Report on lock hospitals in British Burma
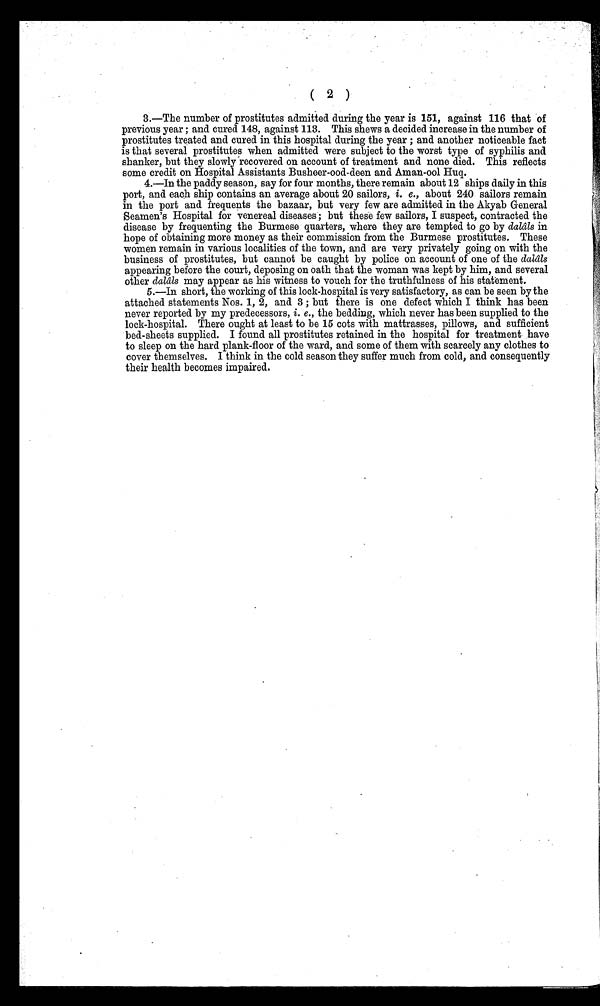
( 2 )
3.—The number of prostitutes admitted during the year is 151, against 116 that of
previous year; and cured 148, against 113. This shews a decided increase in the number of
prostitutes treated and cured in this hospital during the year; and another noticeable fact
is that several prostitutes when admitted were subject to the worst type of syphilis and
shanker, but they slowly recovered on account of treatment and none died. This reflects
some credit on Hospital Assistants Busheer-ood-deen and Aman-ool Huq.
4.—In the paddy season, say for four months, there remain about 12 ships daily in this
port, and each ship contains an average about 20 sailors, i. e., about 240 sailors remain
in the port and frequents the bazaar, but very few are admitted in the Akyab General
Seamen's Hospital for venereal diseases; but these few sailors, I suspect, contracted the
disease by frequenting the Burmese quarters, where they are tempted to go by dalâls in
hope of obtaining more money as their commission from the Burmese prostitutes. These
women remain in various localities of the town, and are very privately going on with the
business of prostitutes, but cannot be caught by police on account of one of the dalâls
appearing before the court, deposing on oath that the woman was kept by him, and several
other dalâls may appear as his witness to vouch for the truthfulness of his statement.
5.—In short, the working of this lock-hospital is very satisfactory, as can be seen by the
attached statements Nos. 1, 2, and. 3; but there is one defect which I think has been
never reported by my predecessors, i. e., the bedding, which never has been supplied. to the
lock-hospital. There ought at least to be 15 cots with mattrasses, pillows, and sufficient
bed-sheets supplied. I found all prostitutes retained in the hospital for treatment have
to sleep on the hard plank-floor of the ward, and some of them with scarcely any clothes to
cover themselves. I think in the cold season they suffer much from cold, and consequently
their health becomes impaired.